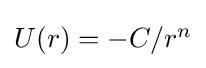
{\textstyle U(r)=-C/r^{n}}